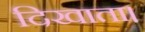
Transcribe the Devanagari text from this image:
दिखाता।